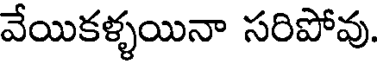
వేయికళ్ళయినా సరిపోవు.